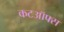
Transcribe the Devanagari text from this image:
कटऑफ्स